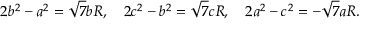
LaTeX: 2 b ^ { 2 } - a ^ { 2 } = { \sqrt { 7 } } b R , \quad 2 c ^ { 2 } - b ^ { 2 } = { \sqrt { 7 } } c R , \quad 2 a ^ { 2 } - c ^ { 2 } = - { \sqrt { 7 } } a R .